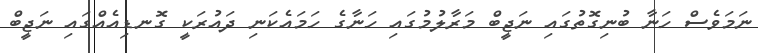
ނަމަވެސް ހަނާ ބުނިގޮތުގައި ނަޖީބް މަރާލުމުގައި ހަނާގެ ހަމައެކަނި ދައުރަކީ ގޮނޑިއެއްގައި ނަޖީބް